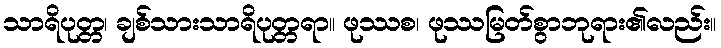
သာရိပုတ္တ၊ ချစ်သားသာရိပုတ္တရာ။ ဖုဿစ၊ ဖုဿမြတ်စွာဘုရား၏လည်း။